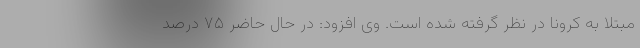
مبتلا به کرونا در نظر گرفته شده است. وی افزود: در حال حاضر ۷۵ درصد